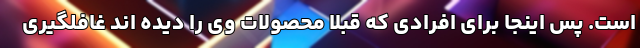
است. پس اینجا برای افرادی که قبلا محصولات وی را دیده اند غافلگیری